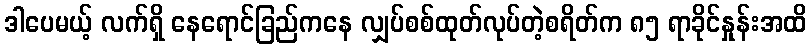
ဒါပေမယ့် လက်ရှိ နေရောင်ခြည်ကနေ လျှပ်စစ်ထုတ်လုပ်တဲ့စရိတ်က ၈၅ ရာခိုင်နှုန်းအထိ